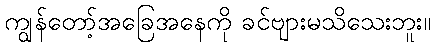
ကျွန်တော့်အခြေအနေကို ခင်ဗျားမသိသေးဘူး။